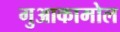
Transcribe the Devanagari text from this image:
गुआकामोल